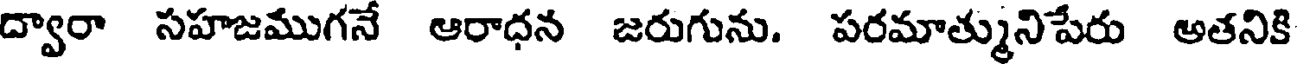
ద్వారా సహజముగనే ఆరాధన జరుగును. పరమాత్మునిపేరు అతనికి